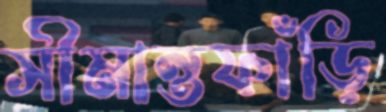
সীমান্তফাঁড়ি